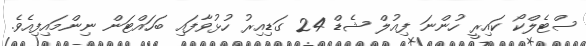
ސްޓެލްކޯ ކައިރީ ހުންނަ ފިއުލް ޝެޑް 24 ގަޑިއިރު ހުޅުވާފައި ބަހައްޓަން ނިންމައިފިއެވެ.